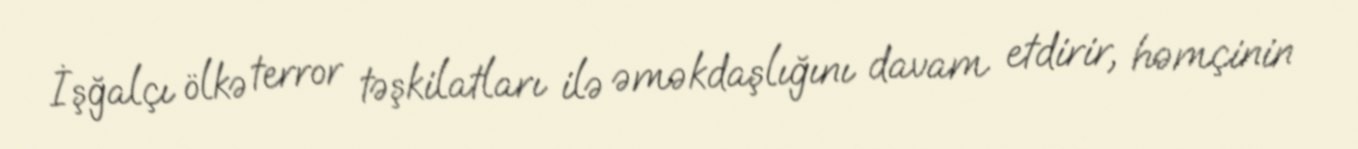
İşğalçı ölkə terror təşkilatları ilə əməkdaşlığını davam etdirir, həmçinin